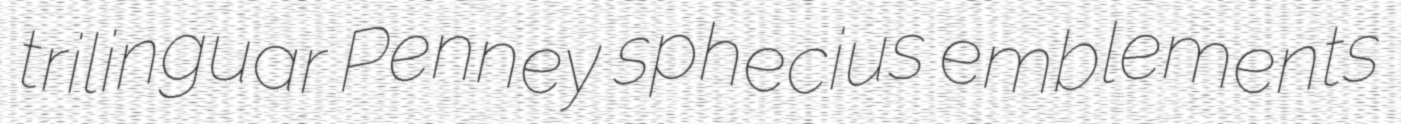
trilinguar Penney sphecius emblements